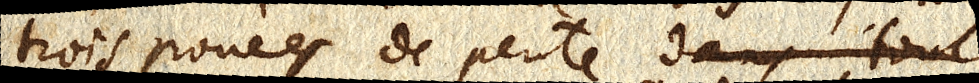
trois pouces de pente dans tout